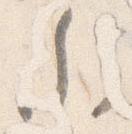
参